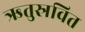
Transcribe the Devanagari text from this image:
ऋतुस्रवित